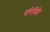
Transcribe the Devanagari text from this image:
परिमिति